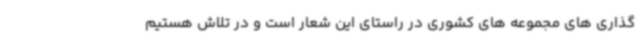
گذاری های مجموعه های کشوری در راستای این شعار است و در تلاش هستیم